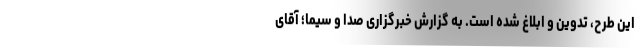
این طرح، تدوین و ابلاغ شده است. به گزارش خبرگزاری صدا و سیما؛ آقای